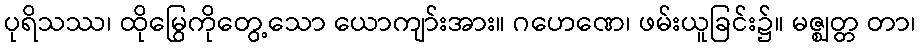
ပုရိသဿ၊ ထိုမြွေကိုတွေ့သော ယောကျာ်းအား။ ဂဟေဏေ၊ ဖမ်းယူခြင်း၌။ မဇ္ဈတ္တ တာ၊